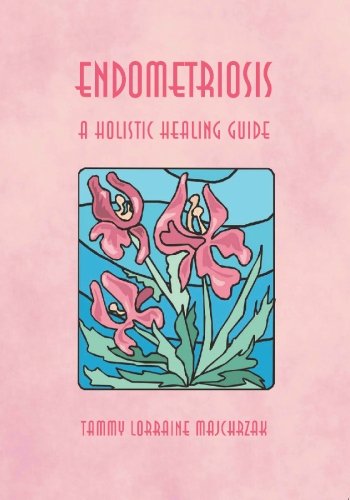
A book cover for ENDOMETRIOSIS - A HOLISTIC HEALING GUIDE; Tammy Majchrzak; Health, Fitness & Dieting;